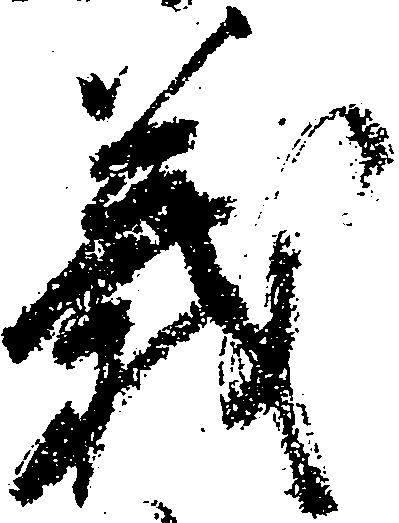
義